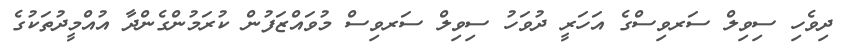
ދިވެހި ސިވިލް ސަރވިސްގެ އަހަރީ ދުވަހު ސިވިލް ސަރވިސް މުވައްޒަފުން ކުރަމުންގެންދާ އުއްމީދުތަކުގެ